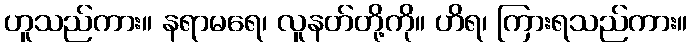
ဟူသည်ကား။ နရာမရေ၊ လူနတ်တို့ကို။ ဟိရ၊ ကြားရသည်ကား။